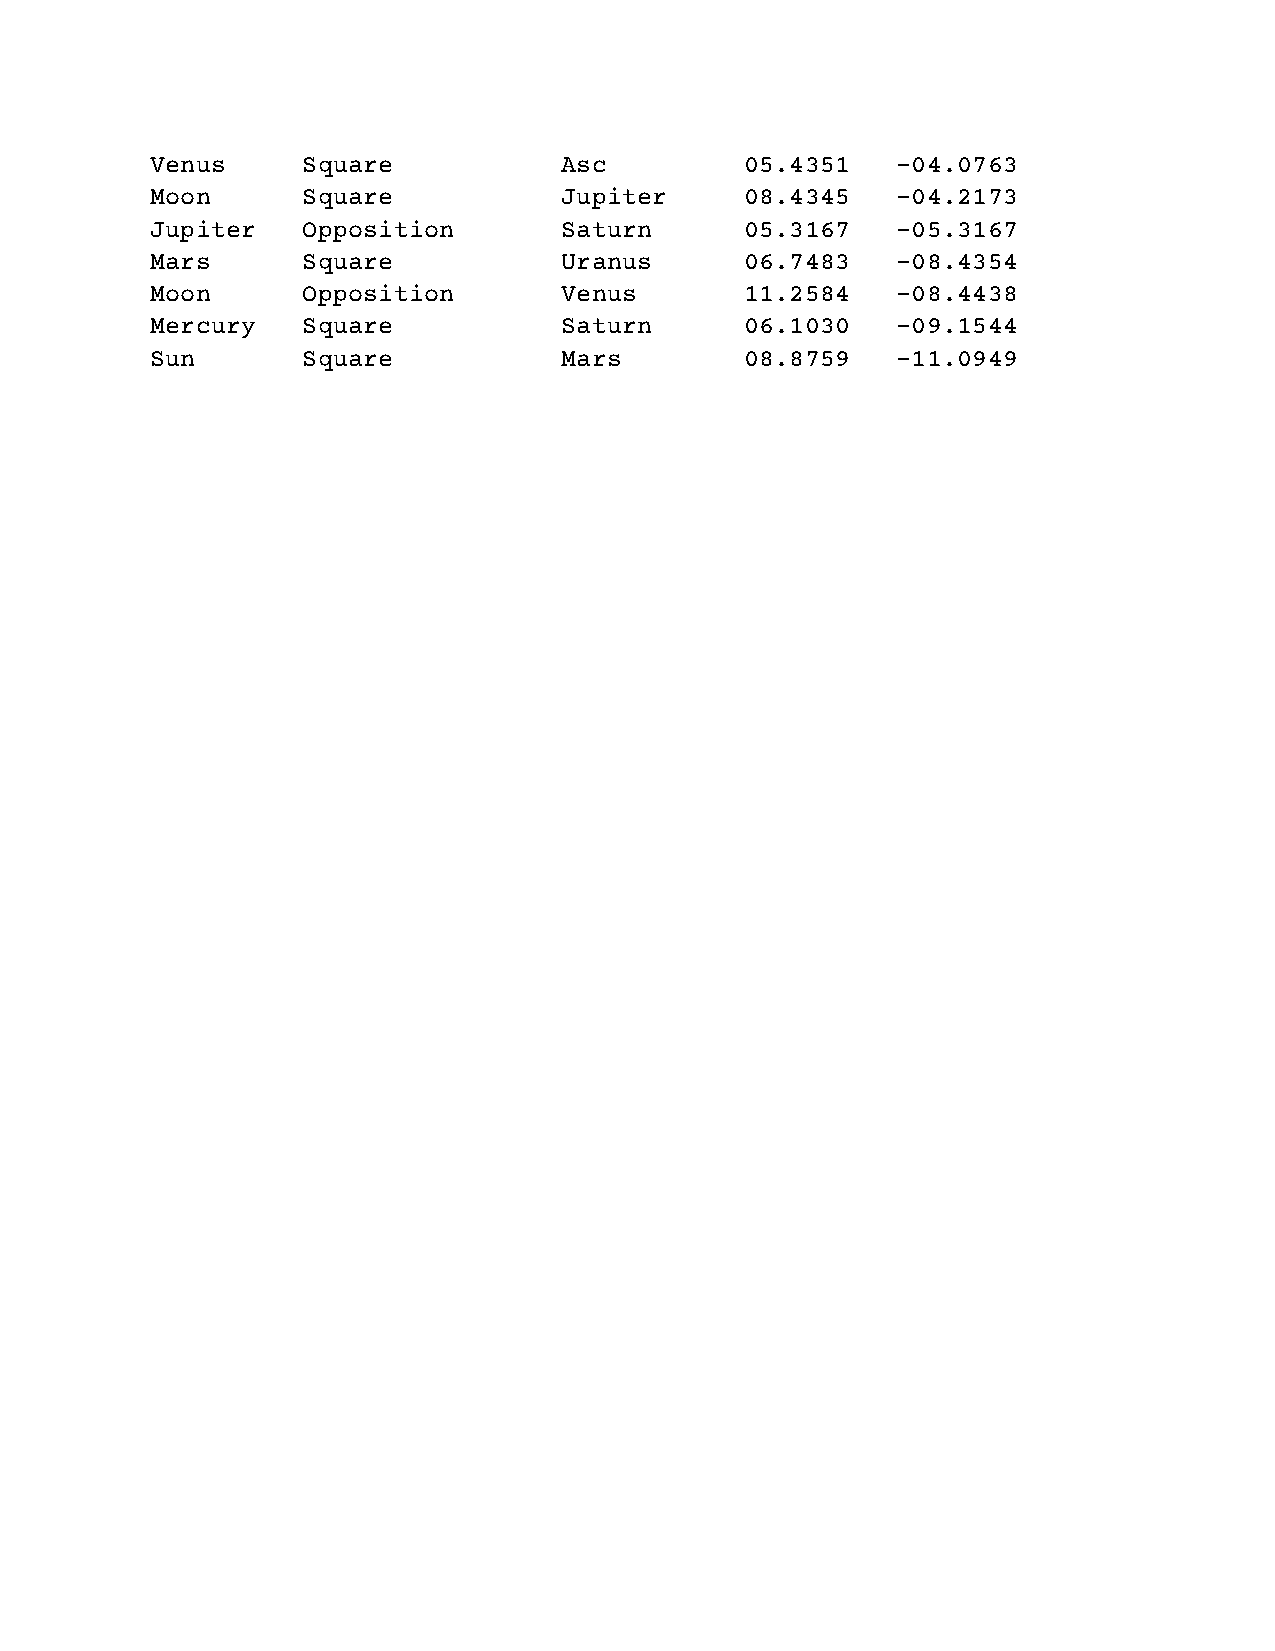
Venus     Square           Asc         05.4351   -04.0763
 Moon      Square           Jupiter     08.4345   -04.2173
 Jupiter   Opposition       Saturn      05.3167   -05.3167
 Mars      Square           Uranus      06.7483   -08.4354
 Moon      Opposition       Venus       11.2584   -08.4438
 Mercury   Square           Saturn      06.1030   -09.1544
 Sun       Square           Mars        08.8759   -11.0949